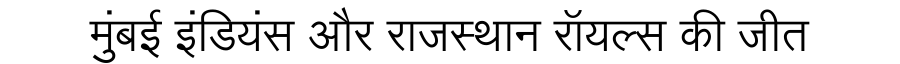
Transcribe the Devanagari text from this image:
मुंबई इंडियंस और राजस्थान रॉयल्स की जीत